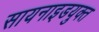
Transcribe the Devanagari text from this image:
सायनाइडयुक्त